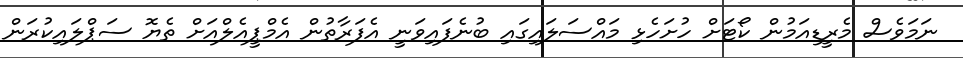
ނަމަވެސް މެރީޑިއަމުން ކޯޓަށް ހުށަހެޅި މައްސަލައިގައި ބުނެފައިވަނީ އެފަރާތުން އެމްޕީއެލްއަށް ތެޔޮ ސަޕްލައިކުރަން